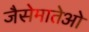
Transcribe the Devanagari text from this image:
जैसेमातेओ